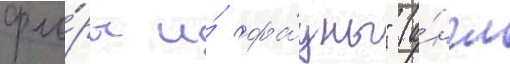
фло́ры и́ фа́уны" (а́нгл